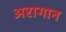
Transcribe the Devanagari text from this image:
अरागान